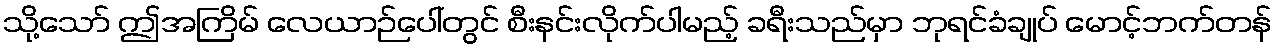
သို့သော် ဤအကြိမ် လေယာဉ်ပေါ်တွင် စီးနင်းလိုက်ပါမည့် ခရီးသည်မှာ ဘုရင်ခံချုပ် မောင့်ဘက်တန်